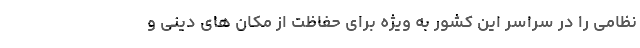
نظامی را در سراسر این کشور به ویژه برای حفاظت از مکان های دینی و